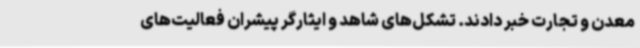
معدن و تجارت خبر دادند. تشکل‌های شاهد و ایثارگر پیشران فعالیت‌های